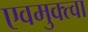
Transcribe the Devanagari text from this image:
एवमुक्त्वा